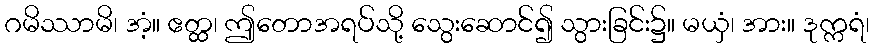
ဂမိဿာမိ၊ အံ့။ ဧတ္ထ၊ ဤတောအရပ်သို့ သွေးဆောင်၍ သွားခြင်း၌။ မယှံ၊ အား။ ဒုက္ကရံ၊